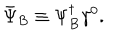
LaTeX: \bar { \Psi } _ { B } \equiv \Psi _ { B } ^ { \dagger } \gamma ^ { 0 } .